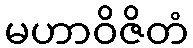
မဟာဝိဇိတံ